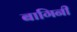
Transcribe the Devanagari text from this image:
बागिनी